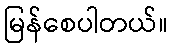
မြန်စေပါတယ်။